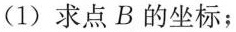
(1)求点B的坐标；